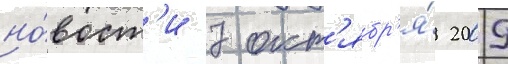
но́вост'и 7 окт'ябр'я́ 2009